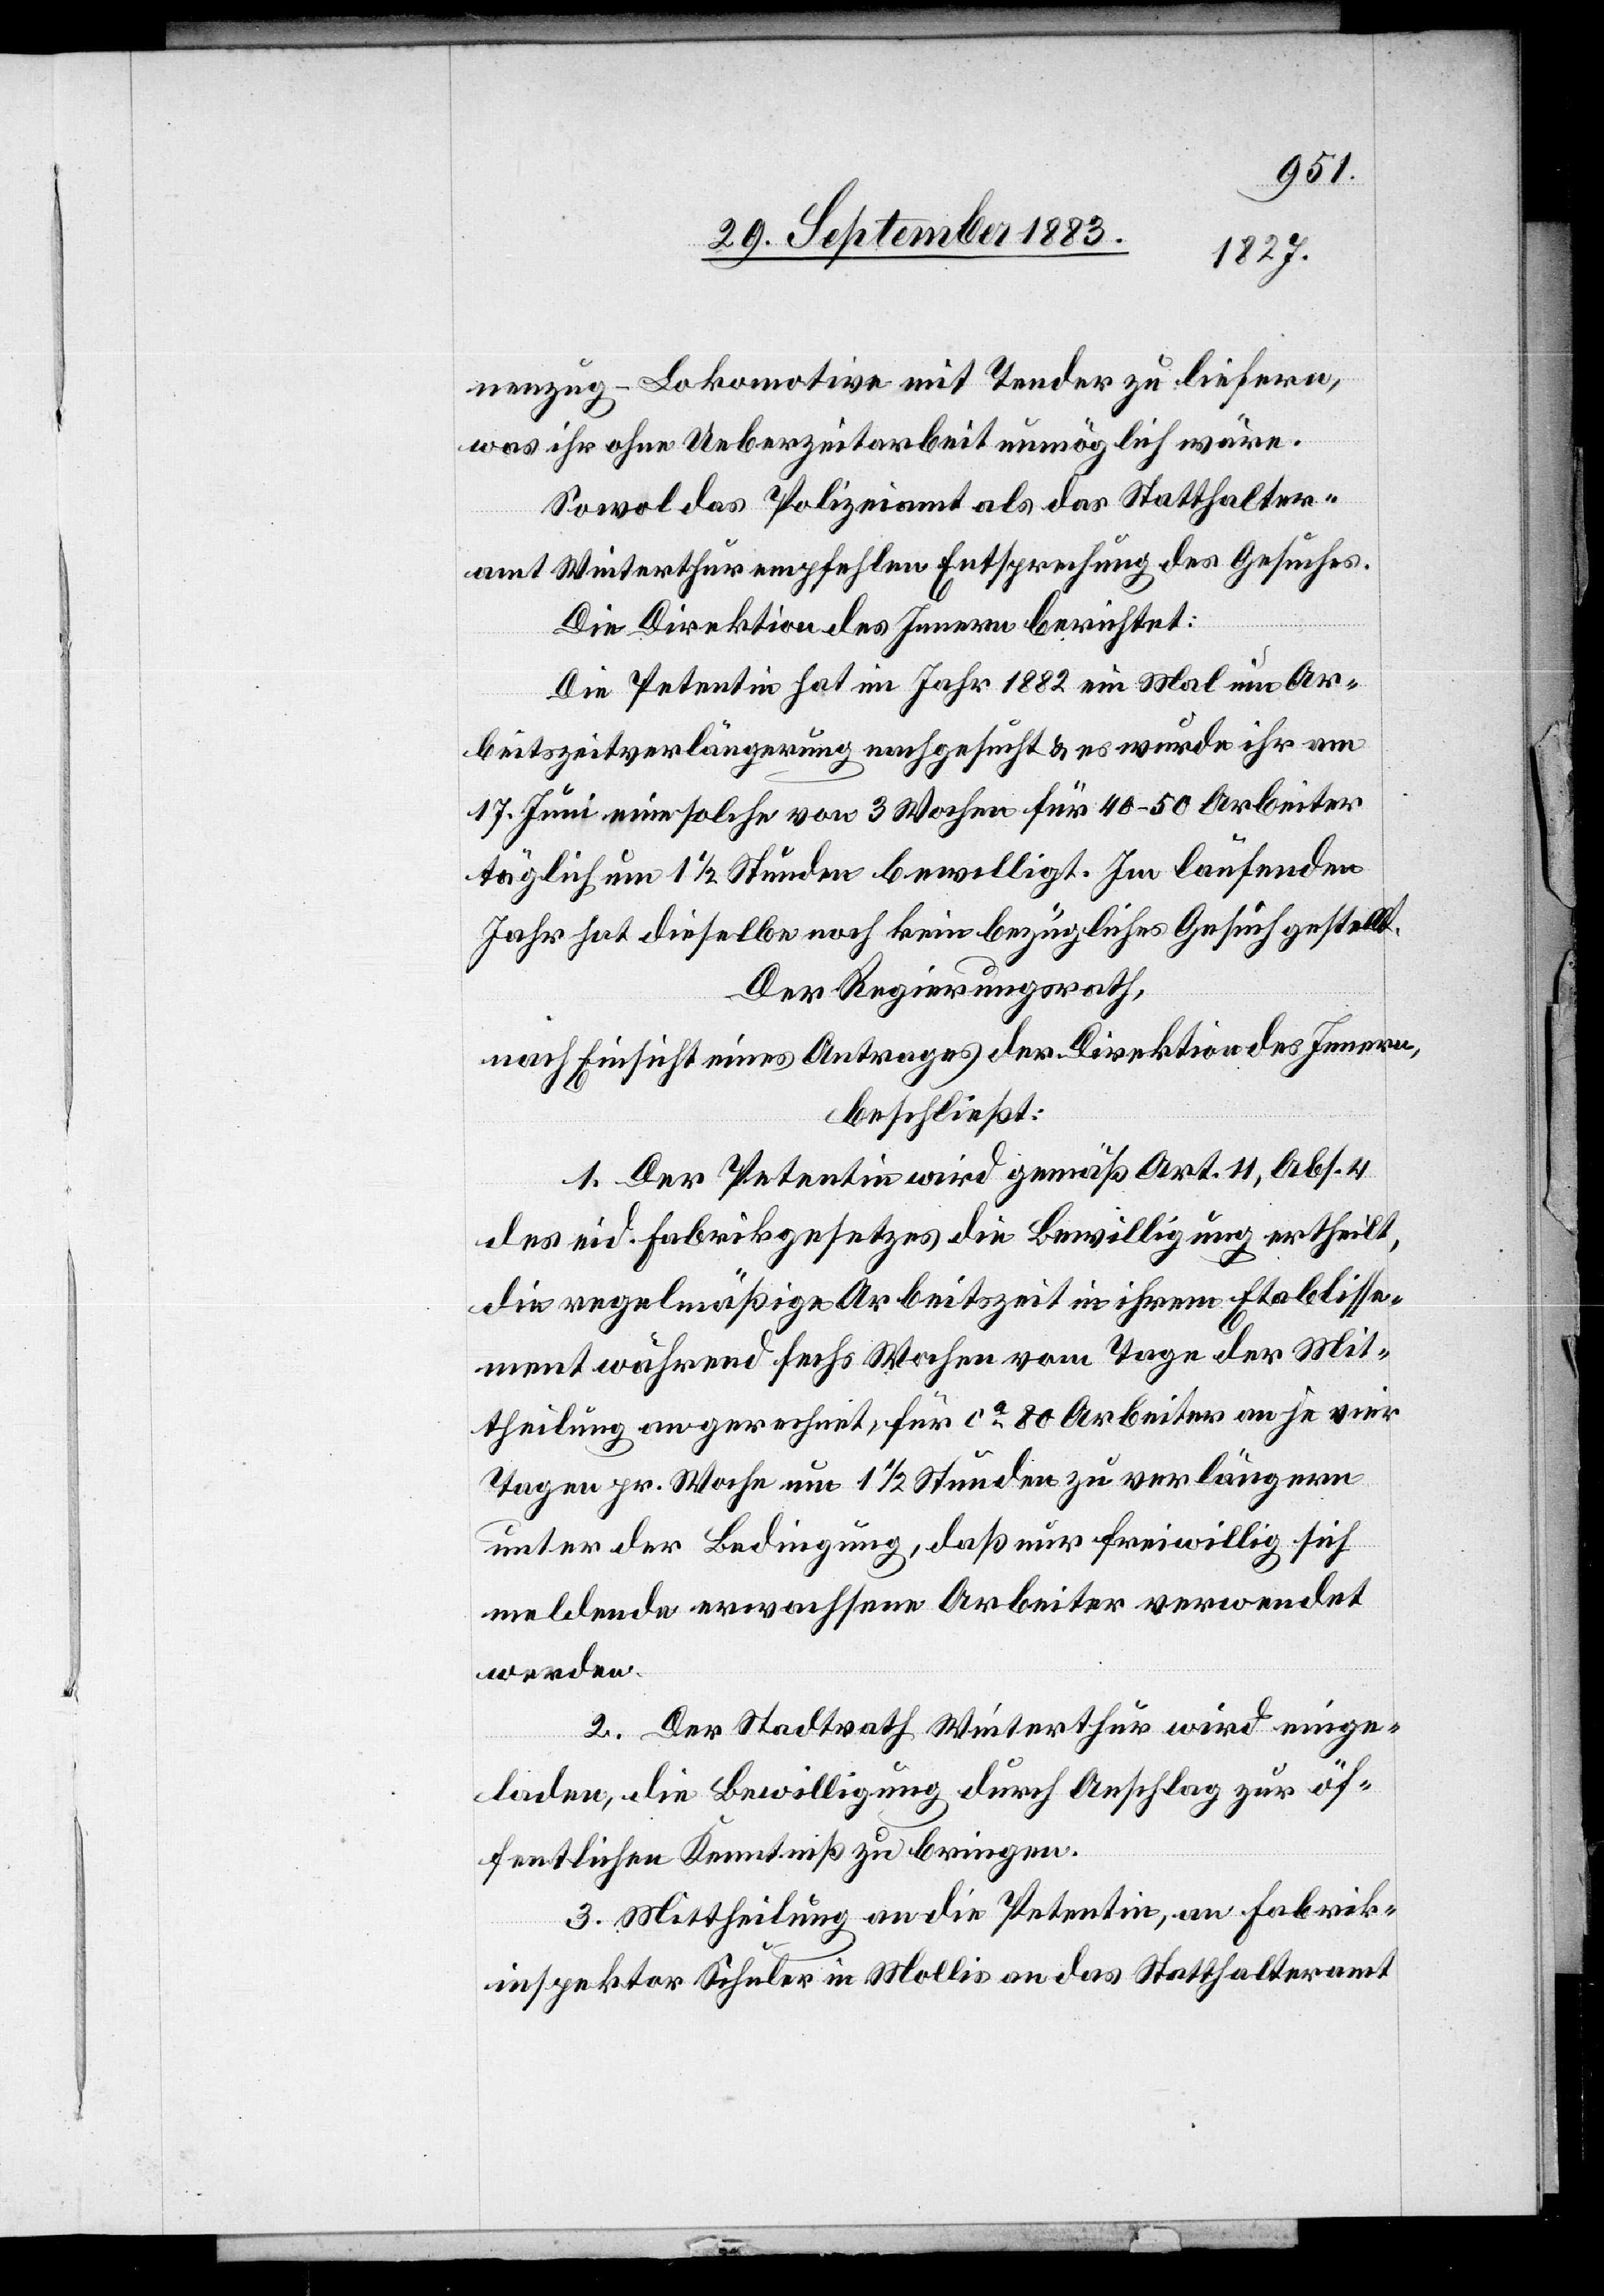
nenzug-Lokomotive[n] mit Tender zu liefern,
was ihr ohne Ueberzeitarbeit unmöglich wäre.
Sowol das Polizeiamt als das Statthalter¬
amt Winterthur empfehlen Entsprechung des Gesuches.
Die Direktion des Innern berichtet:
Die Petentin hat im Jahr 1882 ein Mal um Ar¬
beitszeitverlängerung nachgesucht & es wurde ihr am
17. Juni eine solche von 3 Wochen für 40–50 Arbeiter
täglich um 1 1/2 Stunden bewilligt. Im laufenden
Jahr hat dieselbe noch kein bezügliches Gesuch gestellt.
Der Regierungsrath,
nach Einsicht eines Antrages der Direktion des Innern,
beschließt:
1. Der Petentin wird gemäß Art. 11, Abs. 4
des eid. Fabrikgesetzes die Bewilligung ertheilt,
die regelmäßige Arbeitszeit in ihrem Etablisse¬
ment während sechs Wochen vom Tage der Mit¬
theilung an gerechnet, für ca 80 Arbeiter an je vier
Tagen pr. Woche um 1 1/2 Stunden zu verlängern
unter der Bedingung, daß nur freiwillig sich
meldende erwachsene Arbeiter verwendet
werden.
2. Der Stadtrath Winterthur wird einge¬
laden, die Bewilligung durch Anschlag zur öf¬
fentlichen Kenntniß zu bringen.
3. Mittheilung an die Petentin, an Fabrik¬
inspektor Schuler in Mollis, an das Statthalteramt